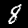
Digit: 8